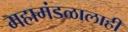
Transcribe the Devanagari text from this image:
महामंडळालाही